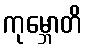
ကုမ္ဘောတိ